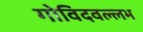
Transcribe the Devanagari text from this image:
गोविदवल्लभ